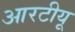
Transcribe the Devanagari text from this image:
आरटीयू